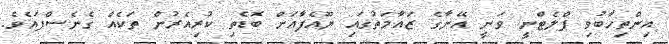
އިންތިހާބުވި ޕްލެޓްނީ ވަނީ އޭނާގެ ޒައާމަތުގައި ޔޫއެފާއަށް ބޮޑެތި ކުރިއެރުން ތަކެއް ގެނެސްފައެވެ.